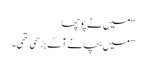
“ میں نے پوچھا
”میں بچانے آگے بڑھی تھی۔